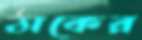
ঠাকের